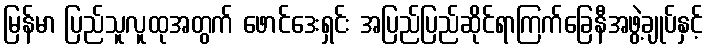
မြန်မာ ပြည်သူလူထုအတွက် ဖောင်ဒေးရှင်း အပြည်ပြည်ဆိုင်ရာကြက်ခြေနီအဖွဲ့ချုပ်နှင့်